DOW-UAP-D28, Mission Report, Iraq, September 2024
Agency: Department of War
Incident date: 9/20/24
Incident location: Iraq
Page 1
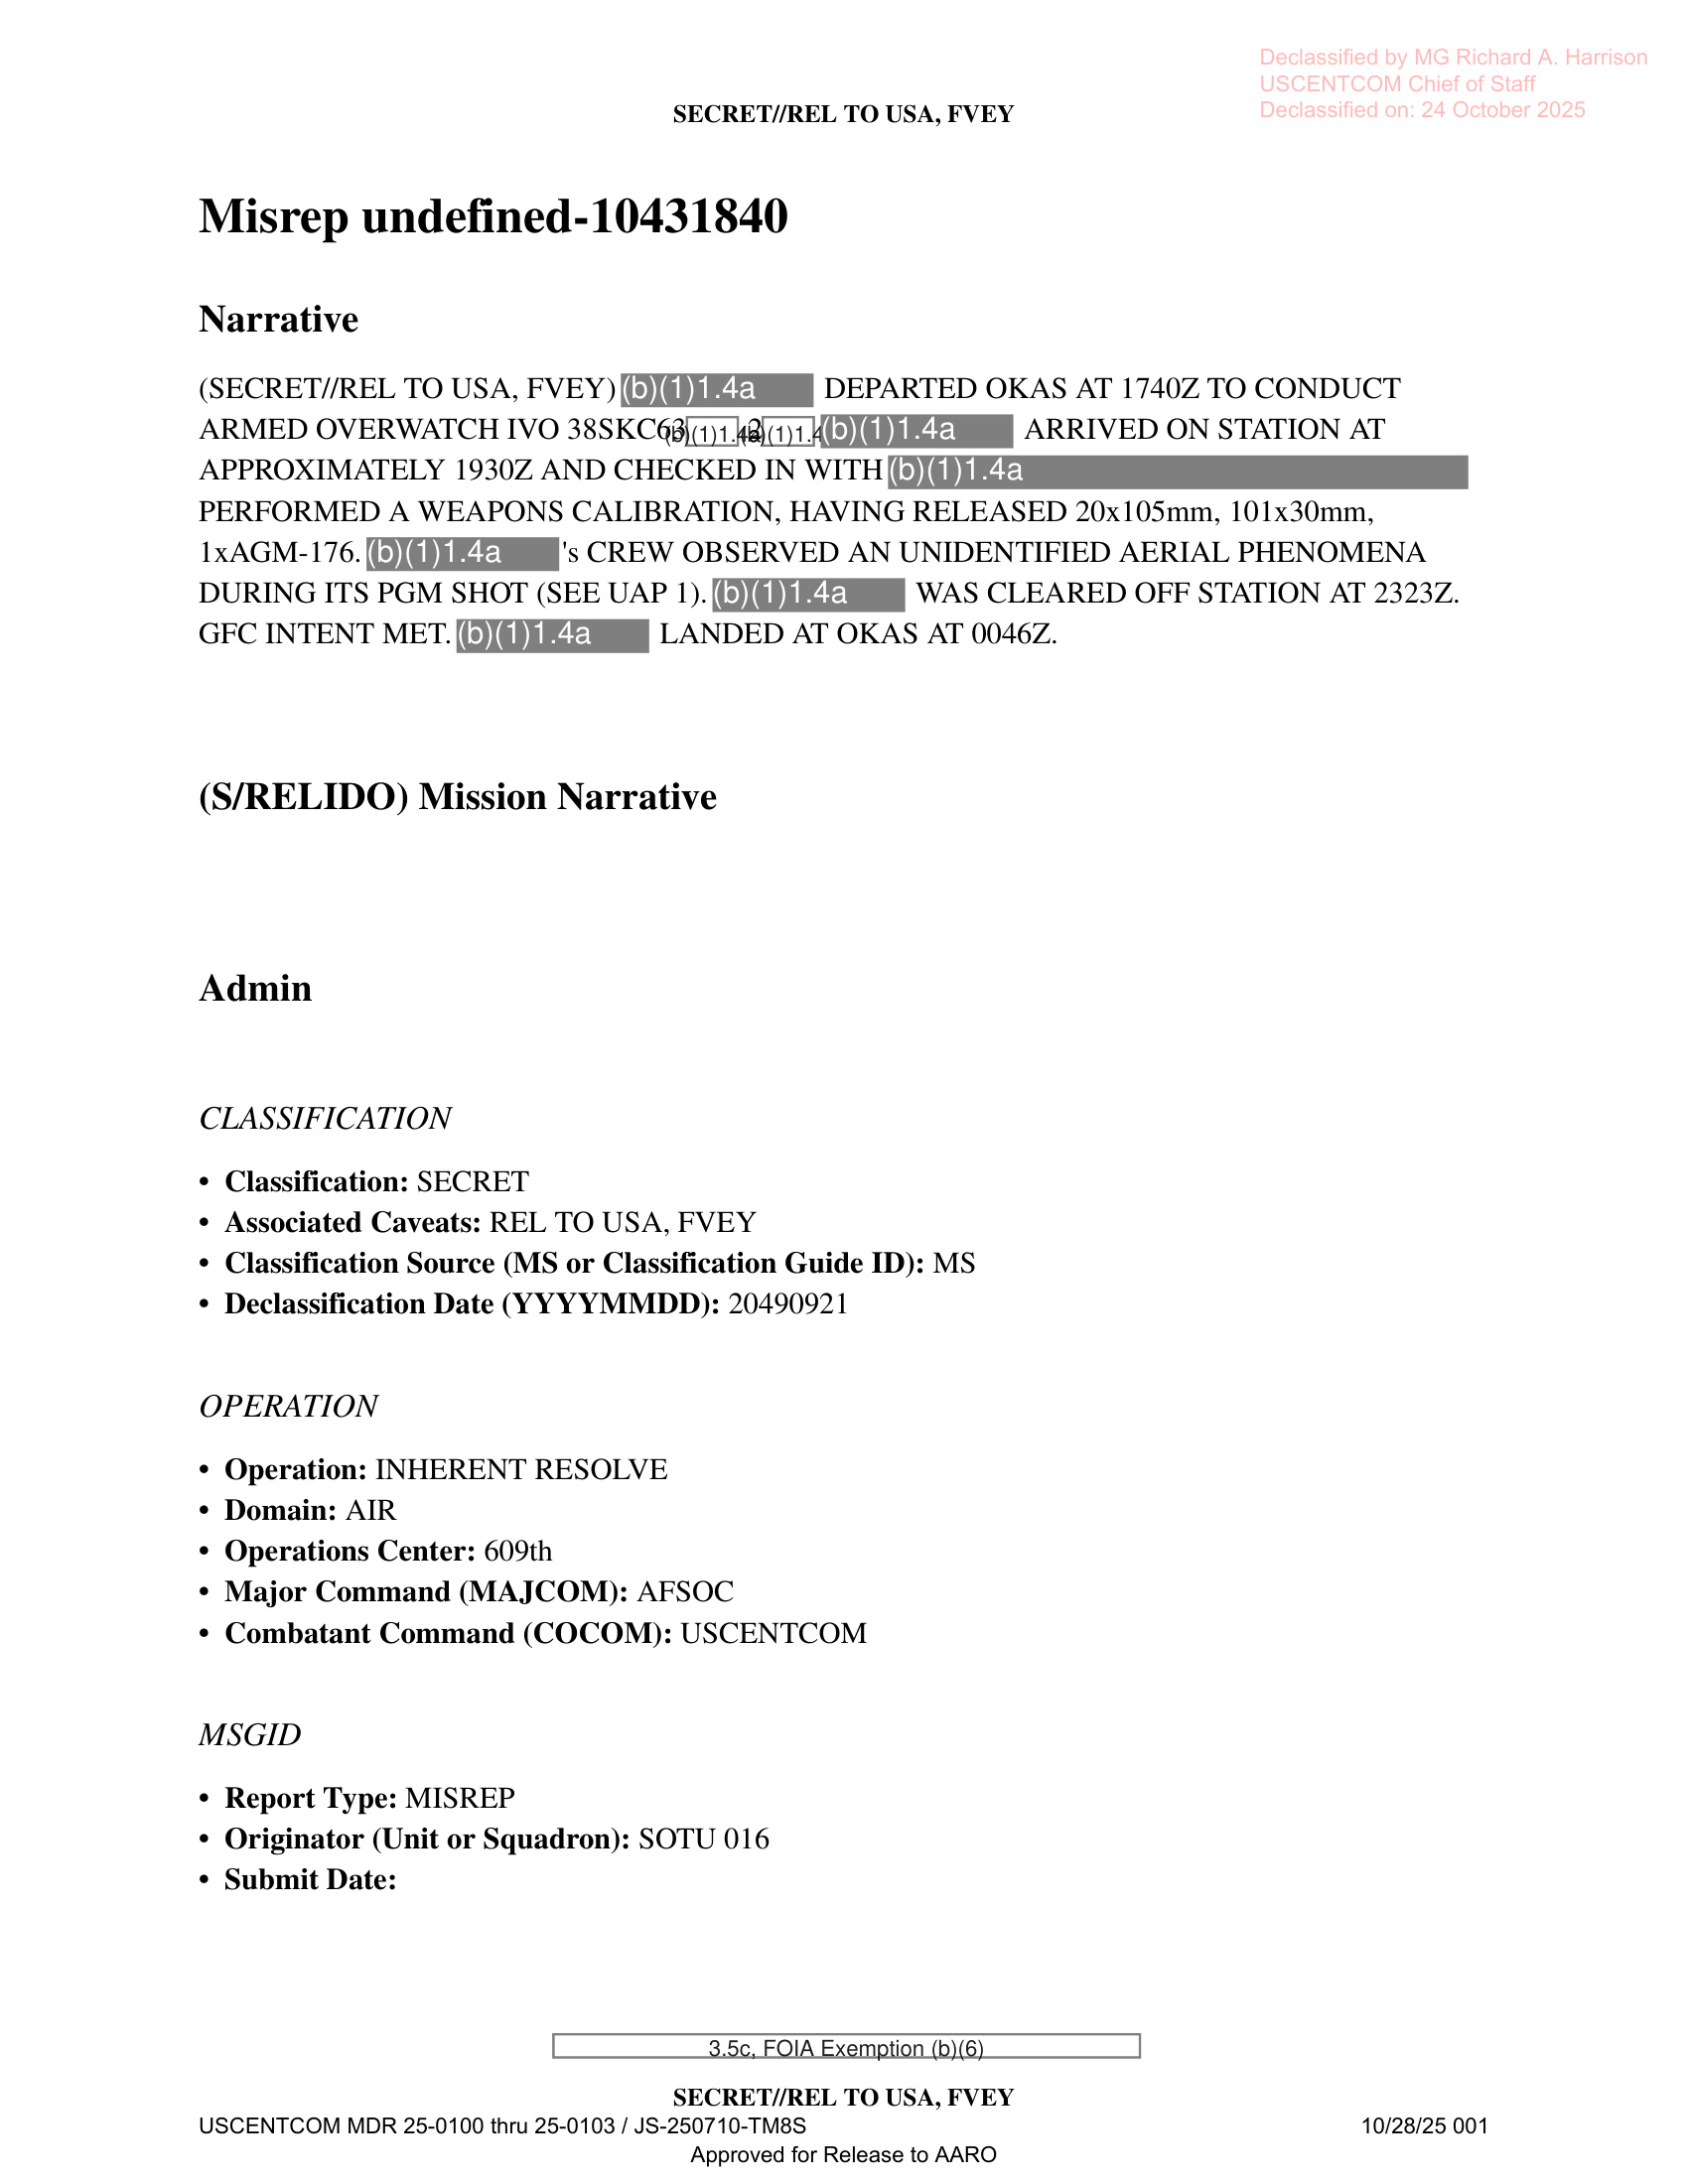